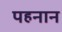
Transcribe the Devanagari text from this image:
पहनान